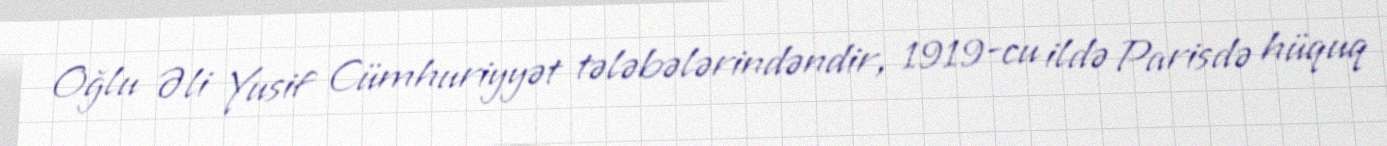
Oğlu Əli Yusif Cümhuriyyət tələbələrindəndir, 1919-cu ildə Parisdə hüquq